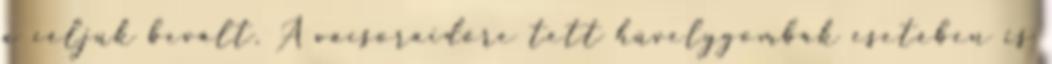
a céljuk bevált. A vacsoraidőre tett hüvelygombák esetében is